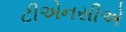
ટીએનસીએ